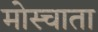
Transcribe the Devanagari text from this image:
मोस्चाता